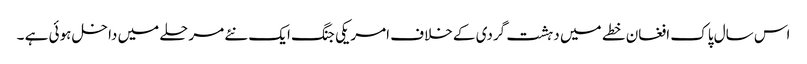
اس سال پاک افغان خطے میں دہشت گردی کے خلاف امریکی جنگ ایک نئے مرحلے میں داخل ہوئی ہے ۔